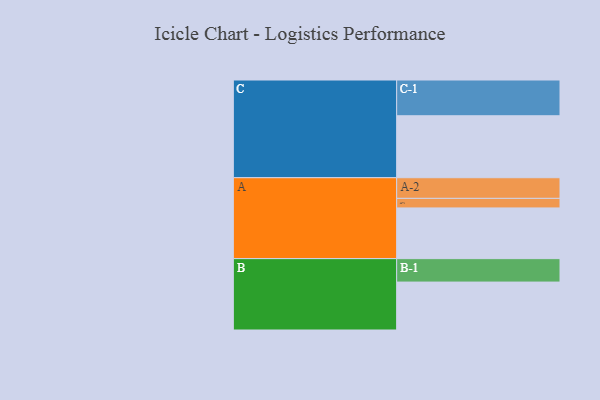
{"axis": {"x": "Segment", "y": "Value"}, "legend": ["", "A", "B", "C"], "data": [{"x": "A", "y": 329, "type": ""}, {"x": "B", "y": 311, "type": ""}, {"x": "C", "y": 402, "type": ""}, {"x": "A-1", "y": 62, "type": "A"}, {"x": "A-2", "y": 134, "type": "A"}, {"x": "B-1", "y": 152, "type": "B"}, {"x": "C-1", "y": 232, "type": "C"}]}